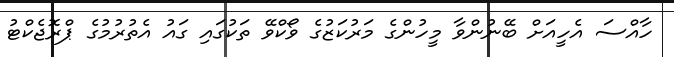
ހާއްސަ އެހީއަށް ބޭނުންވާ މީހުންގެ މަރުކަޒުގެ ވޯކްވޭ ތަކުގައި ގައު އެތުރުމުގެ ޕްރޮޖެކްޓު